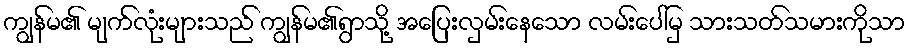
ကျွန်မ၏ မျက်လုံးများသည် ကျွန်မ၏ရွာသို့ အပြေးလှမ်းနေသော လမ်းပေါ်မှ သားသတ်သမားကိုသာ